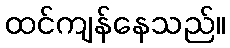
ထင်ကျန်နေသည်။